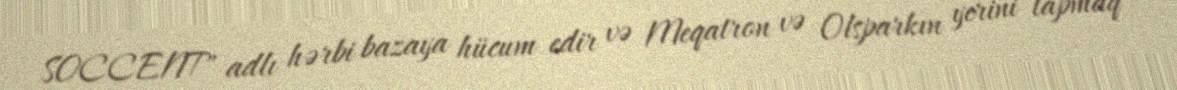
SOCCENT" adlı hərbi bazaya hücum edir və Meqatron və Olsparkın yerini tapmaq